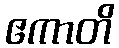
ဧကာတိ